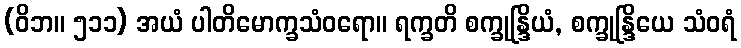
(ဝိဘ။ ၅၁၁) အယံ ပါတိမောက္ခသံဝရော။ ရက္ခတိ စက္ခုန္ဒြိယံ, စက္ခုန္ဒြိယေ သံဝရံ